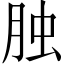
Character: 𦚭